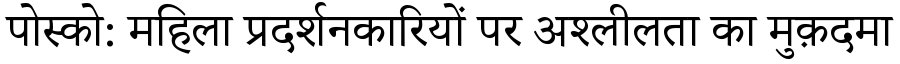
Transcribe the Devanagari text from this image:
पोस्को: महिला प्रदर्शनकारियों पर अश्लीलता का मुक़दमा